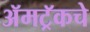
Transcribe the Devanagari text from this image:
ॲमट्रॅकचे